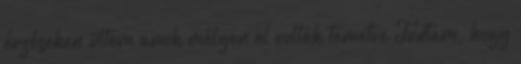
érzéseken ültem amik mélyen el voltak temetve Tudtam, hogy